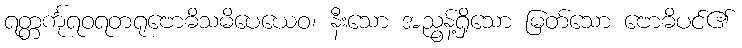
ရတ္တင်္ကုရဝရတရုဗောဓိသမိပေယေဝ၊ နီးသော အညွန့်ရှိသော မြတ်သော ဗောဓိပင်၏